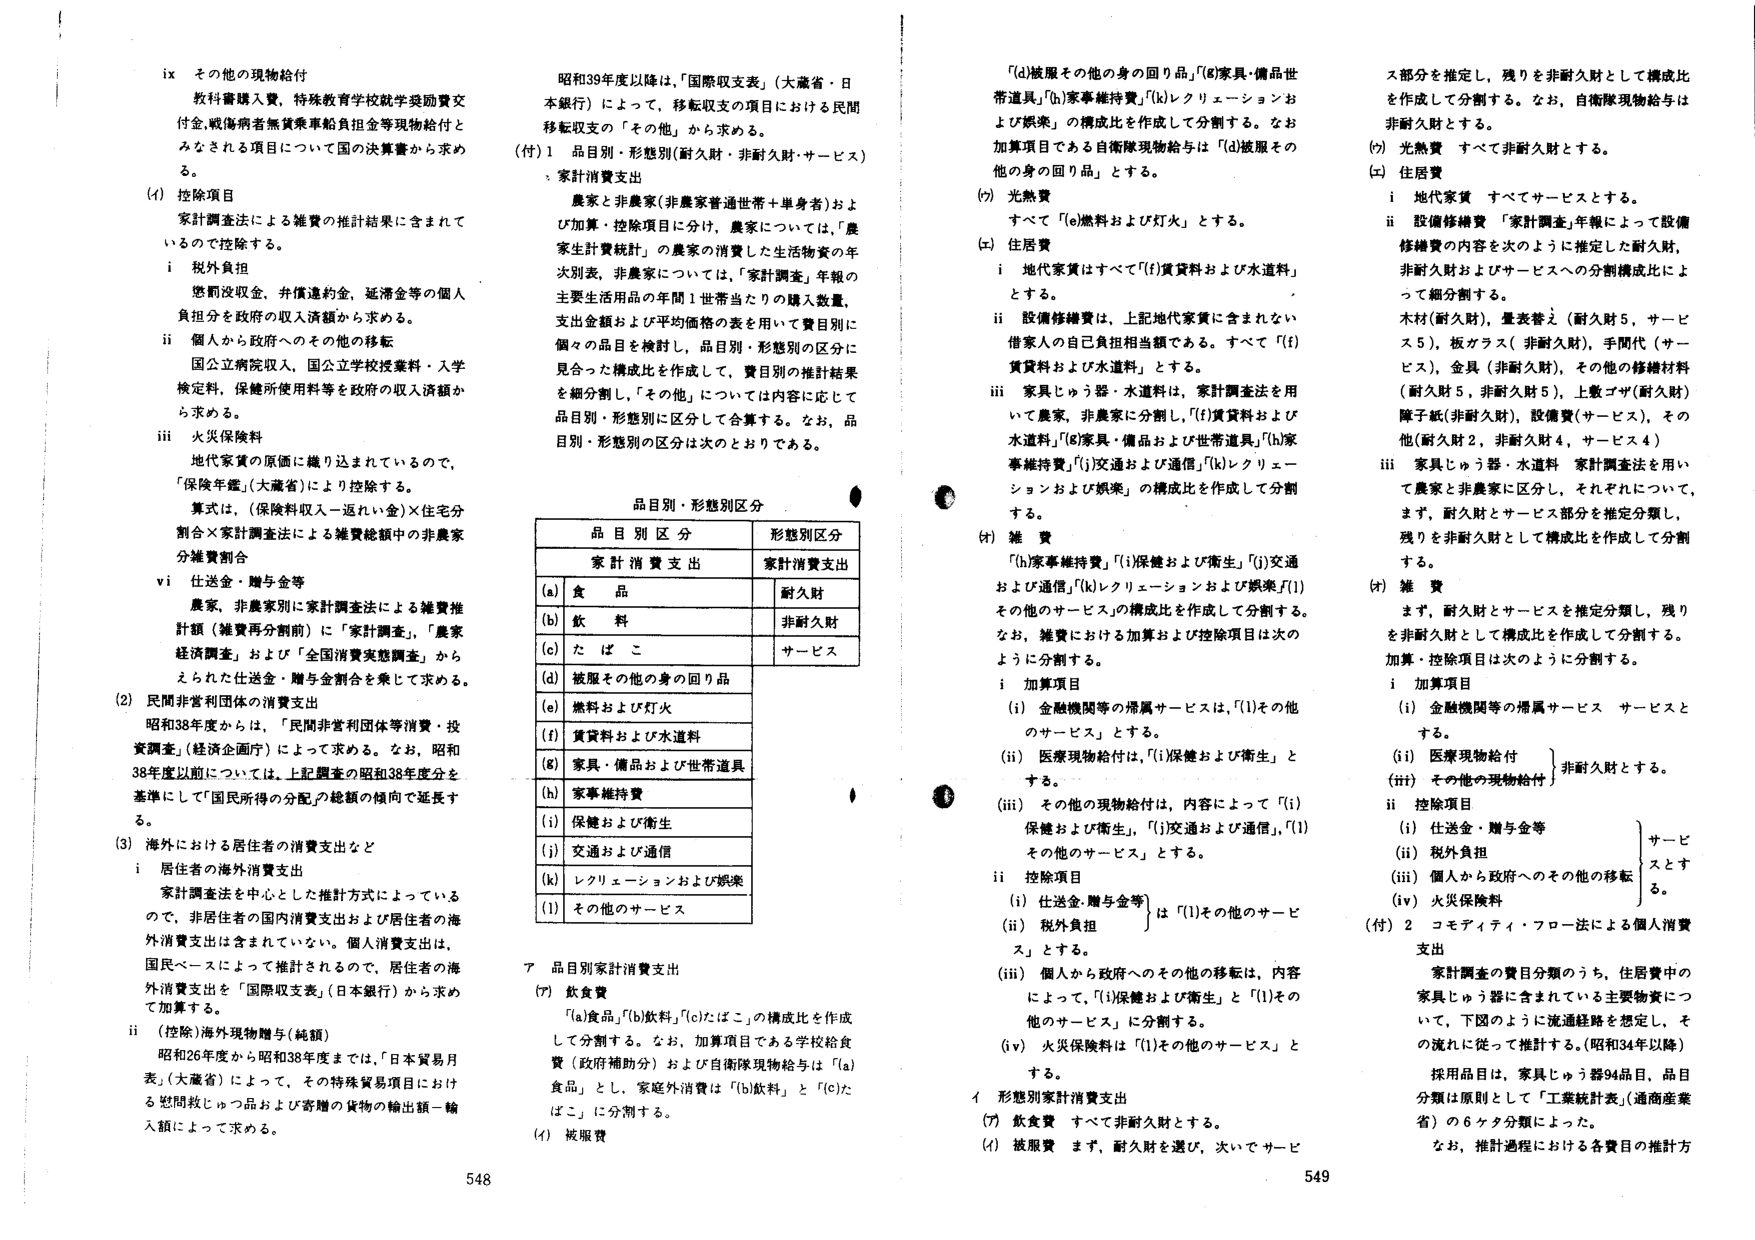
ix その他の現物給付
教科書購入費，特殊教育学校就学奨励費支
付金，戦傷病者無賃乗車給負担金等現物給付と
みなされる項目についての国の決算書から求め
る。

(1) 控除項目
家計調査法による雑費の推計結果に含まれて
いるので控除する。
i 税外負担
懲罰没収金、併償違約金、延滞金等の個人
負担分を政府の収入済額から求める。
ii 個人から政府へのその他の移転
国立公営収入、国立公立学校授業料・入学
検定料、保健所使用料等を政府の収入済額か
ら求める。
iii 火災保険料
地代家賃の原価に織り込まれているので、
「保険年鑑」（大蔵省）により控除する。
算式は、（保険料収入－返れい金）×住宅分
割合×家計調査法による雑費総額中の非農家
分雑費割合
vi 仕送金・贈与金等
農家、非農家別に家計調査法による雑費推
計額（雑費再分割前）に「家計調査」、「農家
経済調査」および「全国消費実態調査」から
えられた仕送金・贈与金割合を乗じて求める。

(2) 民間非営利団体の消費支出
昭和38年度からは、「民間非営利団体等消費・投
資調査」（経済企画庁）によって求める。なお、昭和
38年度以前については、上記調査の昭和38年度分を
基準にして「国民所得の分配」の総額の傾向で延長す
る。

(3) 海外における居住者の消費支出など
i 居住者の海外消費支出
家計調査法を中心とした推計方式によっている
ので、非居住者の国内消費支出および居住者の海
外消費支出は含まれていない。個人消費支出は、
国民ベースによって推計されるので、居住者の海
外消費支出を「国際収支表」（日本銀行）から求め
て加算する。
ii （控除）海外現物贈与（純額）
昭和26年度から昭和38年度までは、「日本貿易月
表」（大蔵省）によって、その特殊貿易項目におけ
る窓間政じゅつ品および寄贈の貨物の輸出額－輸
入額によって求める。

昭和39年度以降は、「国際収支表」（大蔵省・日
本銀行）によって、移転収支の項目における民間
移転収支の「その他」から求める。

(付) 1 品目別・形態別（耐久財・非耐久財・サービス）
・家計消費支出
農家と非農家（非農家普通世帯＋単身者）およ
び加算・控除項目に分け、農家については、「農
家生計費統計」の農家の消費した生活物資の年
次別表、非農家については、「家計調査」年報の
主要生活用品の年間1世帯当たりの購入数量、
支出金額および平均価格の表を用いて費目別に
個々の品目を検討し、品目別・形態別の区分に
見合った構成比を作成して、費目別の推計結果
を細分割し、「その他」については内容に応じて
品目別・形態別に区分して合算する。なお、品
目別・形態別の区分は次のとおりである。

品目別・形態別区分
┌───────────────┬───────────────┐
│ 品目別区分             │ 形態別区分             │
├───────────────┼───────────────┤
│ 家計消費支出           │ 家計消費支出           │
├───────────────┼───────────────┤
│ (a) 食品               │ 耐久財                 │
├───────────────┼───────────────┤
│ (b) 飲料               │ 非耐久財               │
├───────────────┼───────────────┤
│ (c) たばこ             │ サービス               │
├───────────────┼───────────────┤
│ (d) 被服その他の身の回り品 │                         │
├───────────────┼───────────────┤
│ (e) 燃料および灯火     │                         │
├───────────────┼───────────────┤
│ (f) 賃貸料および水道料 │                         │
├───────────────┼───────────────┤
│ (g) 家具・備品および世帯道具 │                         │
├───────────────┼───────────────┤
│ (h) 家事維持費         │                         │
├───────────────┼───────────────┤
│ (i) 保健および衛生     │                         │
├───────────────┼───────────────┤
│ (j) 交通および通信     │                         │
├───────────────┼───────────────┤
│ (k) レクリエーションおよび娯楽 │                         │
├───────────────┼───────────────┤
│ (l) その他のサービス   │                         │
└───────────────┴───────────────┘

ア 品目別家計消費支出
(ア) 飲食費
「(a)食品」「(b)飲料」「(c)たばこ」の構成比を作成
して分割する。なお、加算項目である学校給食
費（政府補助分）および自衛隊現物給与は「(a)
食品」とし、家庭外消費は「(b)飲料」と「(c)た
ばこ」に分割する。
(イ) 被服費

「(d)被服その他の身の回り品」「(g)家具・備品世
帯道具」「(h)家事維持費」「(k)レクリエーションお
よび娯楽」の構成比を作成して分割する。なお
加算項目である自衛隊現物給与は「(d)被服その
他の身の回り品」とする。

(ウ) 光熱費
すべて「(e)燃料および灯火」とする。

(エ) 住居費
i 地代家賃はすべて「(f)賃貸料および水道料」
とする。
ii 設備修繕費は、上記地代家賃に含まれない
借家人の自己負担相当額である。すべて「(f)
賃貸料および水道料」とする。
iii 家具じゅう器・水道料は、家計調査法を用
いて農家・非農家に分割し、「(f)賃貸料および
水道料」「(g)家具・備品および世帯道具」「(h)家
事維持費」「(i)交通および通信」「(k)レクリエー
ションおよび娯楽」の構成比を作成して分割
する。

(オ) 雑費
「(h)家事維持費」「(i)保健および衛生」「(j)交通
および通信」「(k)レクリエーションおよび娯楽」「(l)
その他のサービス」の構成比を作成して分割する。
なお、雑費における加算および控除項目は次の
ように分割する。
i 加算項目
(i) 金融機関等の帰属サービスは、「(l)その他
のサービス」とする。
(ii) 医療現物給付は、「(i)保健および衛生」と
する。
(iii) その他の現物給付は、内容によって「(i)
保健および衛生」、「(j)交通および通信」、「(l)
その他のサービス」とする。
ii 控除項目
(i) 仕送金・贈与金等」は「(l)その他のサービ
ス」とする。
(ii) 税外負担
(iii) 個人から政府へのその他の移転は、内容
によって、「(i)保健および衛生」と「(l)その
他のサービス」に分割する。
(iv) 火災保険料は「(l)その他のサービス」と
する。

イ 形態別家計消費支出
(ア) 飲食費 すべて非耐久財とする。
(イ) 被服費 まず、耐久財を選び、次いでサービ

ス部分を推定し、残りを非耐久財として構成比
を作成して分割する。なお、自衛隊現物給与は
非耐久財とする。
(ウ) 光熱費 すべて非耐久財とする。
(エ) 住居費
i 地代家賃 すべてサービスとする。
ii 設備修繕費 「家計調査」年報によって設備
修繕費の内容を次のように推定した耐久財、
非耐久財およびサービスへの分割構成比によ
って細分割する。
木材（耐久財）、畳表替え（耐久財5，サービ
ス5）、板ガラス（非耐久財）、手間代（サービ
ス）、金具（非耐久財）、その他の修繕材料
（耐久財5，非耐久財5）、上敷くず（耐久財）
障子紙（非耐久財）、設備費（サービス）、その
他（耐久財2，非耐久財4，サービス4）
iii 家具じゅう器・水道料 家計調査法を用い
て農家と非農家に区分し、それぞれについて、
まず、耐久財とサービス部分を推定分類し、
残りを非耐久財として構成比を作成して分割
する。
(オ) 雑費
まず、耐久財とサービスを推定分類し、残り
を非耐久財として構成比を作成して分割する。
加算・控除項目は次のように分割する。
i 加算項目
(i) 金融機関等の帰属サービス サービスと
する。
(ii) 医療現物給付
(iii) その他の現物給付 } 非耐久財とする。
ii 控除項目
(i) 仕送金・贈与金等
(ii) 税外負担
(iii) 個人から政府へのその他の移転
(iv) 火災保険料
} サービスとする。

(付) 2 コモディティ・フロー法による個人消費
支出
家計調査の費目分類のうち、住居費中の
家具じゅう器に含まれている主要物資につ
いて、下図のように流通経路を想定し、そ
の流れに従って推計する。（昭和34年以降）
採用品目は、家具じゅう器94品目、品目
分類は原則として「工業統計表」（通商産業
省）の6ケタ分類によった。
なお、推計過程における各費目の推計方

548
549